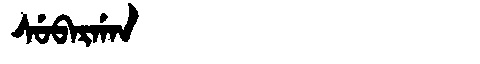
Manchu: ᠰᡠᠪᠠᡵᡤᠠᠨ
Romanization: SUBARGAN